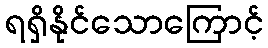
ရရှိနိုင်သောကြောင့်